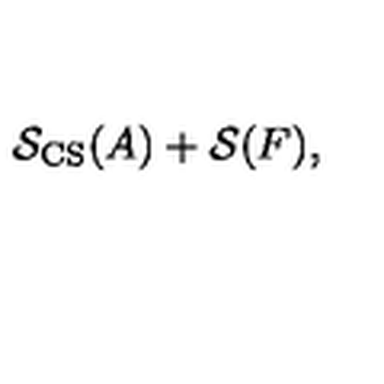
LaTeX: \mathcal { S } _ { \mathrm { C S } } ( A ) + \mathcal { S } ( F ) ,